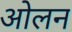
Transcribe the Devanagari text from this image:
ओलन